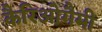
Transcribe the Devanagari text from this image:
कैरिओगैमी